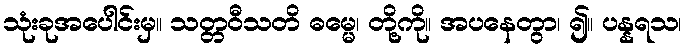
သုံးခုအပေါင်းမှ။ သတ္တဝီသတိ ဓမ္မေ၊ တို့ကို။ အပနေတွာ၊ ၍။ ပန္နရသ၊